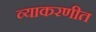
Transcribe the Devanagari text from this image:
व्याकरणीत